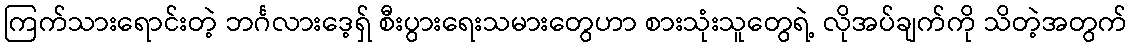
ကြက်သားရောင်းတဲ့ ဘင်္ဂလားဒေ့ရှ် စီးပွားရေးသမားတွေဟာ စားသုံးသူတွေရဲ့ လိုအပ်ချက်ကို သိတဲ့အတွက်